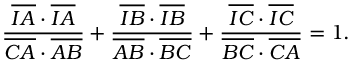
{ \frac { { \overline { { I A } } } \cdot { \overline { { I A } } } } { { \overline { { C A } } } \cdot { \overline { { A B } } } } } + { \frac { { \overline { { I B } } } \cdot { \overline { { I B } } } } { { \overline { { A B } } } \cdot { \overline { { B C } } } } } + { \frac { { \overline { { I C } } } \cdot { \overline { { I C } } } } { { \overline { { B C } } } \cdot { \overline { { C A } } } } } = 1 .